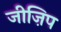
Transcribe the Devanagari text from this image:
जीज़िप